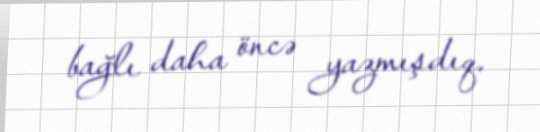
bağlı daha öncə yazmışdıq.